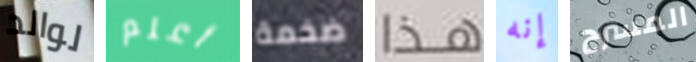
لوالد أعلم ضخمة هذا إنه المسرح